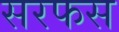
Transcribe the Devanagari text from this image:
सरफस